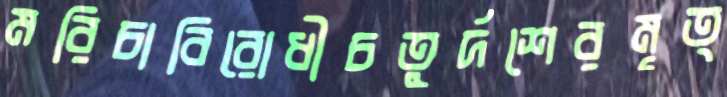
মরিচাবিরোধীচতুর্দশেরমৃত্